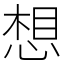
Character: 想